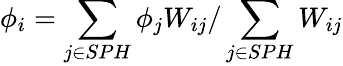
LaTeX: \phi_{i}=\sum_{j\in SPH}\phi_{j}W_{ij}/\sum_{j\in SPH}W_{ij}